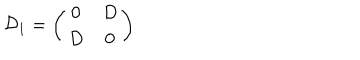
LaTeX: { \cal D } _ { 1 } = \left( \begin{array} { c c } { { 0 } } & { { D } } \\ { { D } } & { { 0 } } \\ \end{array} \right)